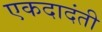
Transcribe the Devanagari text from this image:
एकदादंती